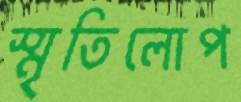
স্মৃতিলোপ